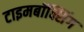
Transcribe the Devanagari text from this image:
टाइमबॉक्सिंग